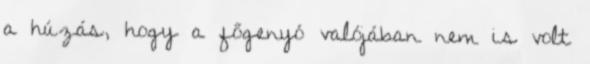
a húzás, hogy a főgenyó valójában nem is volt